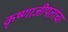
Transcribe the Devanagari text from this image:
कृष्णाजीपंतांचा